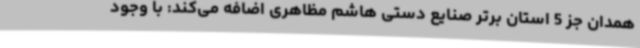
همدان جز 5 استان برتر صنایع دستی هاشم مظاهری اضافه می‌کند: با وجود